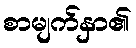
စာမျက်နှာ၏